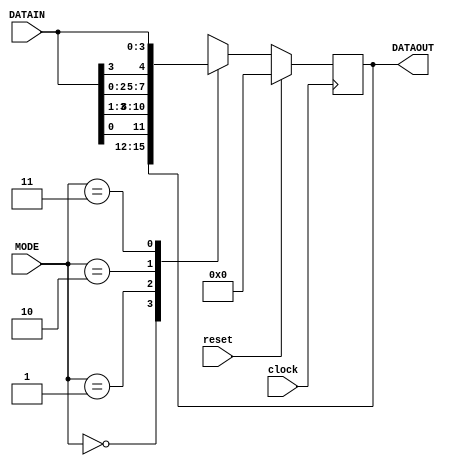
`timescale 1ns / 1ps
//////////////////////////////////////////////////////////////////////////////////
// Company: 
// Engineer: 
// 
// Design Name: 
// Module Name: universalshift_reg
// Project Name: 
// Target Devices: 
// Tool Versions: 
// Description: 
// 
// Dependencies: 
// 
// Revision:
// Revision 0.01 - File Created
// Additional Comments:
// 
//////////////////////////////////////////////////////////////////////////////////


module universalshift_reg(DATAOUT,reset,clock,MODE,DATAIN);
 output reg [3:0] DATAOUT;
 input clock, reset;
 input [1:0] MODE;
 input [3:0] DATAIN;
 
 always @(posedge clock)
 begin
   if(reset)
     DATAOUT <= 0;
   else
     begin
       case(MODE)
         2'b00 : DATAOUT <= DATAOUT;      // locked mode, do nothing
         2'b01 : DATAOUT <= {DATAIN[0], DATAIN[3:1]};//DATAOUT >> 1; 
         2'b10 : DATAOUT <= {DATAIN[2:0], DATAIN[3]};//DATAOUT << 1; 
         2'b11 : DATAOUT <= DATAIN;       // parallel in parallel out
       endcase
     end
 end
endmodule